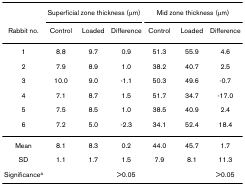
|  | <COLSPAN=3> Superficial zone thickness (μm) | <COLSPAN=3> Mid zone thickness (μm) |
 | Rabbit no. | Control | Loaded | Difference | Control | Loaded | Difference |
 | --- | --- | --- | --- | --- | --- | --- |
 | 1 | 8.8 | 9.7 | 0.9 | 51.3 | 55.9 | 4.6 |
 | 2 | 7.9 | 8.9 | 1.0 | 38.2 | 40.7 | 2.5 |
 | 3 | 10.0 | 9.0 | -1.1 | 50.3 | 49.6 | -0.7 |
 | 4 | 7.1 | 8.7 | 1.5 | 51.7 | 34.7 | -17.0 |
 | 5 | 7.5 | 8.5 | 1.0 | 38.5 | 40.9 | 2.4 |
 | 6 | 7.2 | 5.0 | -2.3 | 34.1 | 52.4 | 18.4 |
 | Mean | 8.1 | 8.3 | 0.2 | 44.0 | 45.7 | 1.7 |
 | SD | 1.1 | 1.7 | 1.5 | 7.9 | 8.1 | 11.3 |
 | Significancea |  |  | >0.05 |  |  | >0.05 |